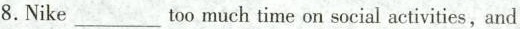
8.Nike___too much time on social activities,and